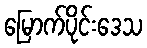
မြောက်ပိုင်းဒေသ